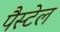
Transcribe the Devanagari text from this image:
पैस्टेल